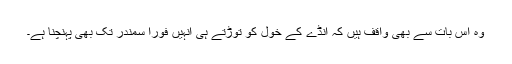
وہ اس بات سے بھی واقف ہیں کہ انڈے کے خول کو توڑتے ہی انہیں فوراً سمندر تک بھی پہنچنا ہے۔